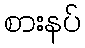
စားနပ်